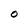
Character: O